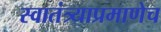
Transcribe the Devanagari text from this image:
स्वातंत्र्याप्रमाणेच